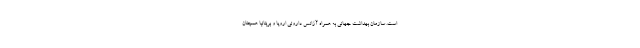
است. سازمان بهداشت جهانی به همراه آژانس داروئی اروپا و بریتانیا همچنان